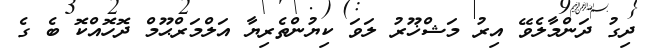
ދިގު ދަންމާލެވޭ އިރު މަޝްޚޫރު ލަވަ ކިޔުންތެރިޔާ އަލްމަރްޙޫމް ދޮހޮއްކޮ ބެ ގެ